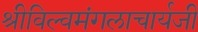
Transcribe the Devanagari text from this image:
श्रीविल्वमंगलाचार्यजी